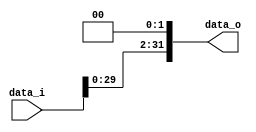
// 0317001_0310511
//Subject:      CO project 2 - Shift_Left_Two_32
//--------------------------------------------------------------------------------
//Version:     1
//--------------------------------------------------------------------------------
//Description: 
//--------------------------------------------------------------------------------

module Shift_Left_Two_32(
	data_i,
	data_o
);

//I/O ports                    
input [32-1:0] data_i;
output [32-1:0] data_o;

reg [31:0] data_o;

//shift left 2
always @(*) begin
	data_o <= data_i<<2;
end
     
endmodule